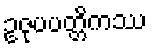
ဥဇုပပတ္တိကဿ